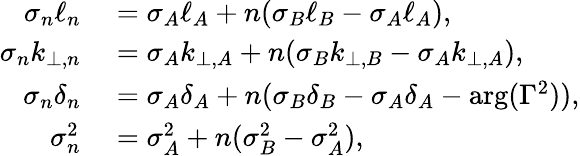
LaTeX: \begin{array}{rl}{\sigma_{n}\ell_{n}}&{{}=\sigma_{A}\ell_{A}+n(\sigma_{B}\ell_{B}-\sigma_{A}\ell_{A}),}\\ {\sigma_{n}k_{\perp,n}}&{{}=\sigma_{A}k_{\perp,A}+n(\sigma_{B}k_{\perp,B}-\sigma_{A}k_{\perp,A}),}\\ {\sigma_{n}\delta_{n}}&{{}=\sigma_{A}\delta_{A}+n(\sigma_{B}\delta_{B}-\sigma_{A}\delta_{A}-\arg(\Gamma^{2})),}\\ {\sigma_{n}^{2}}&{{}=\sigma_{A}^{2}+n(\sigma_{B}^{2}-\sigma_{A}^{2}),}\end{array}